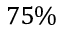
7 5 \%